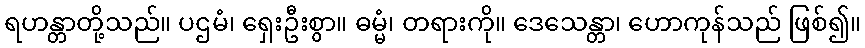
ရဟန္တာတို့သည်။ ပဌမံ၊ ရှေးဦးစွာ။ ဓမ္မံ၊ တရားကို။ ဒေသေန္တာ၊ ဟောကုန်သည် ဖြစ်၍။